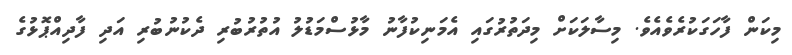
މިކަން ފާހަގަކުރެވެއެވެ. މިސާލަކަށް މިދަތުރުގައި އެމަނިކުފާނު މާޅުސްމަޑުލު އުތުރުބުރި ދެކުނުބުރި އަދި ފާދިއްޕޮޅުގެ